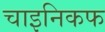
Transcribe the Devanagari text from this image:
चाइनिकफ